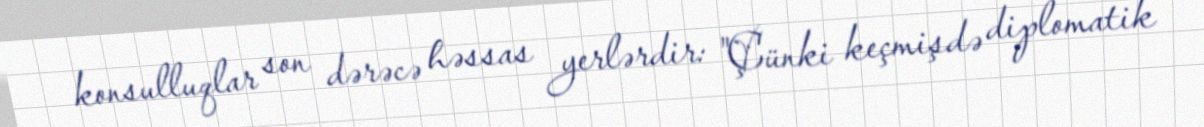
konsulluqlar son dərəcə həssas yerlərdir: "Çünki keçmişdə diplomatik